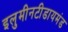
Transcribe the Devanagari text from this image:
इलुमीनटीडायमंड